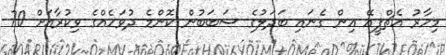
މިހާރު އެޗްޕީއޭ އިން ގެނައި ބަދަލުގެ ސަބަބުން ކޮންމެ ދުވަހެއްގެ ވިކުރާއަށް 70